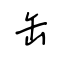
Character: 缶